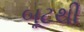
બૂટથી